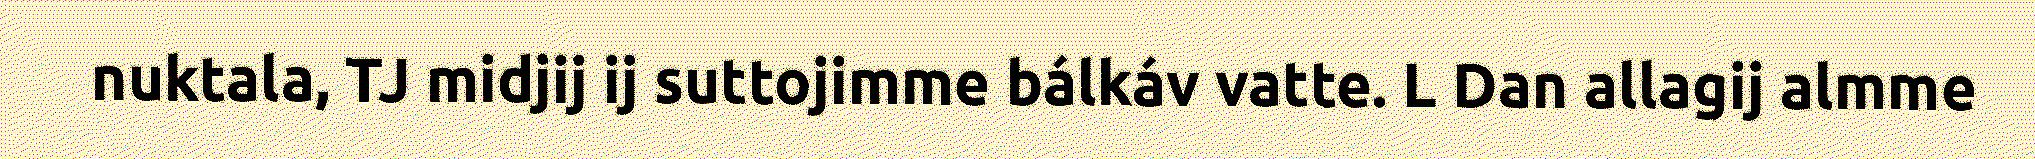
nuktala, TJ midjij ij suttojimme bálkáv vatte. L Dan allagij almme